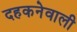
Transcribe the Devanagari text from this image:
दहकनेवाली